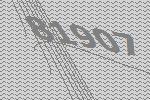
81907